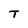
Character: T